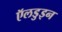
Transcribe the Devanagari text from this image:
ऍलडुइन